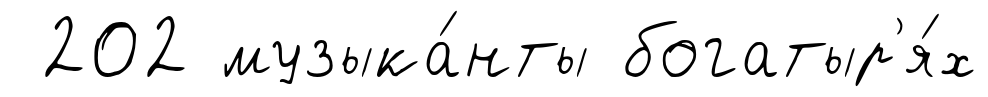
202 музыка́нты богатыр'я́х